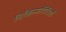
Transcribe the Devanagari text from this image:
चिकित्साविधियाँ